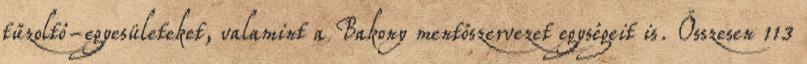
tűzoltó-egyesületeket, valamint a Bakony mentőszervezet egységeit is. Összesen 113